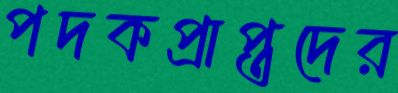
পদকপ্রাপ্তদের